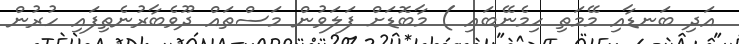
އަދި ބަނޑާއި މޭމަތި ހިމެނޭބައި ) މާބޮޑަށް ފަލަވުން މަސްތައް ދޫވެބާރުނެތިފައި ހުރުން